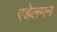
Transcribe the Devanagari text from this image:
एडेलमन